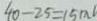
4 0 - 2 5 = 1 5 m l